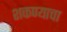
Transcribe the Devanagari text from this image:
शकण्याचा